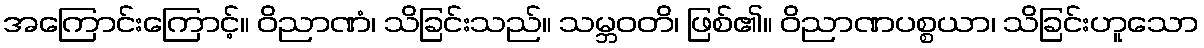
အကြောင်းကြောင့်။ ဝိညာဏံ၊ သိခြင်းသည်။ သမ္ဘဝတိ၊ ဖြစ်၏။ ဝိညာဏပစ္စယာ၊ သိခြင်းဟူသော